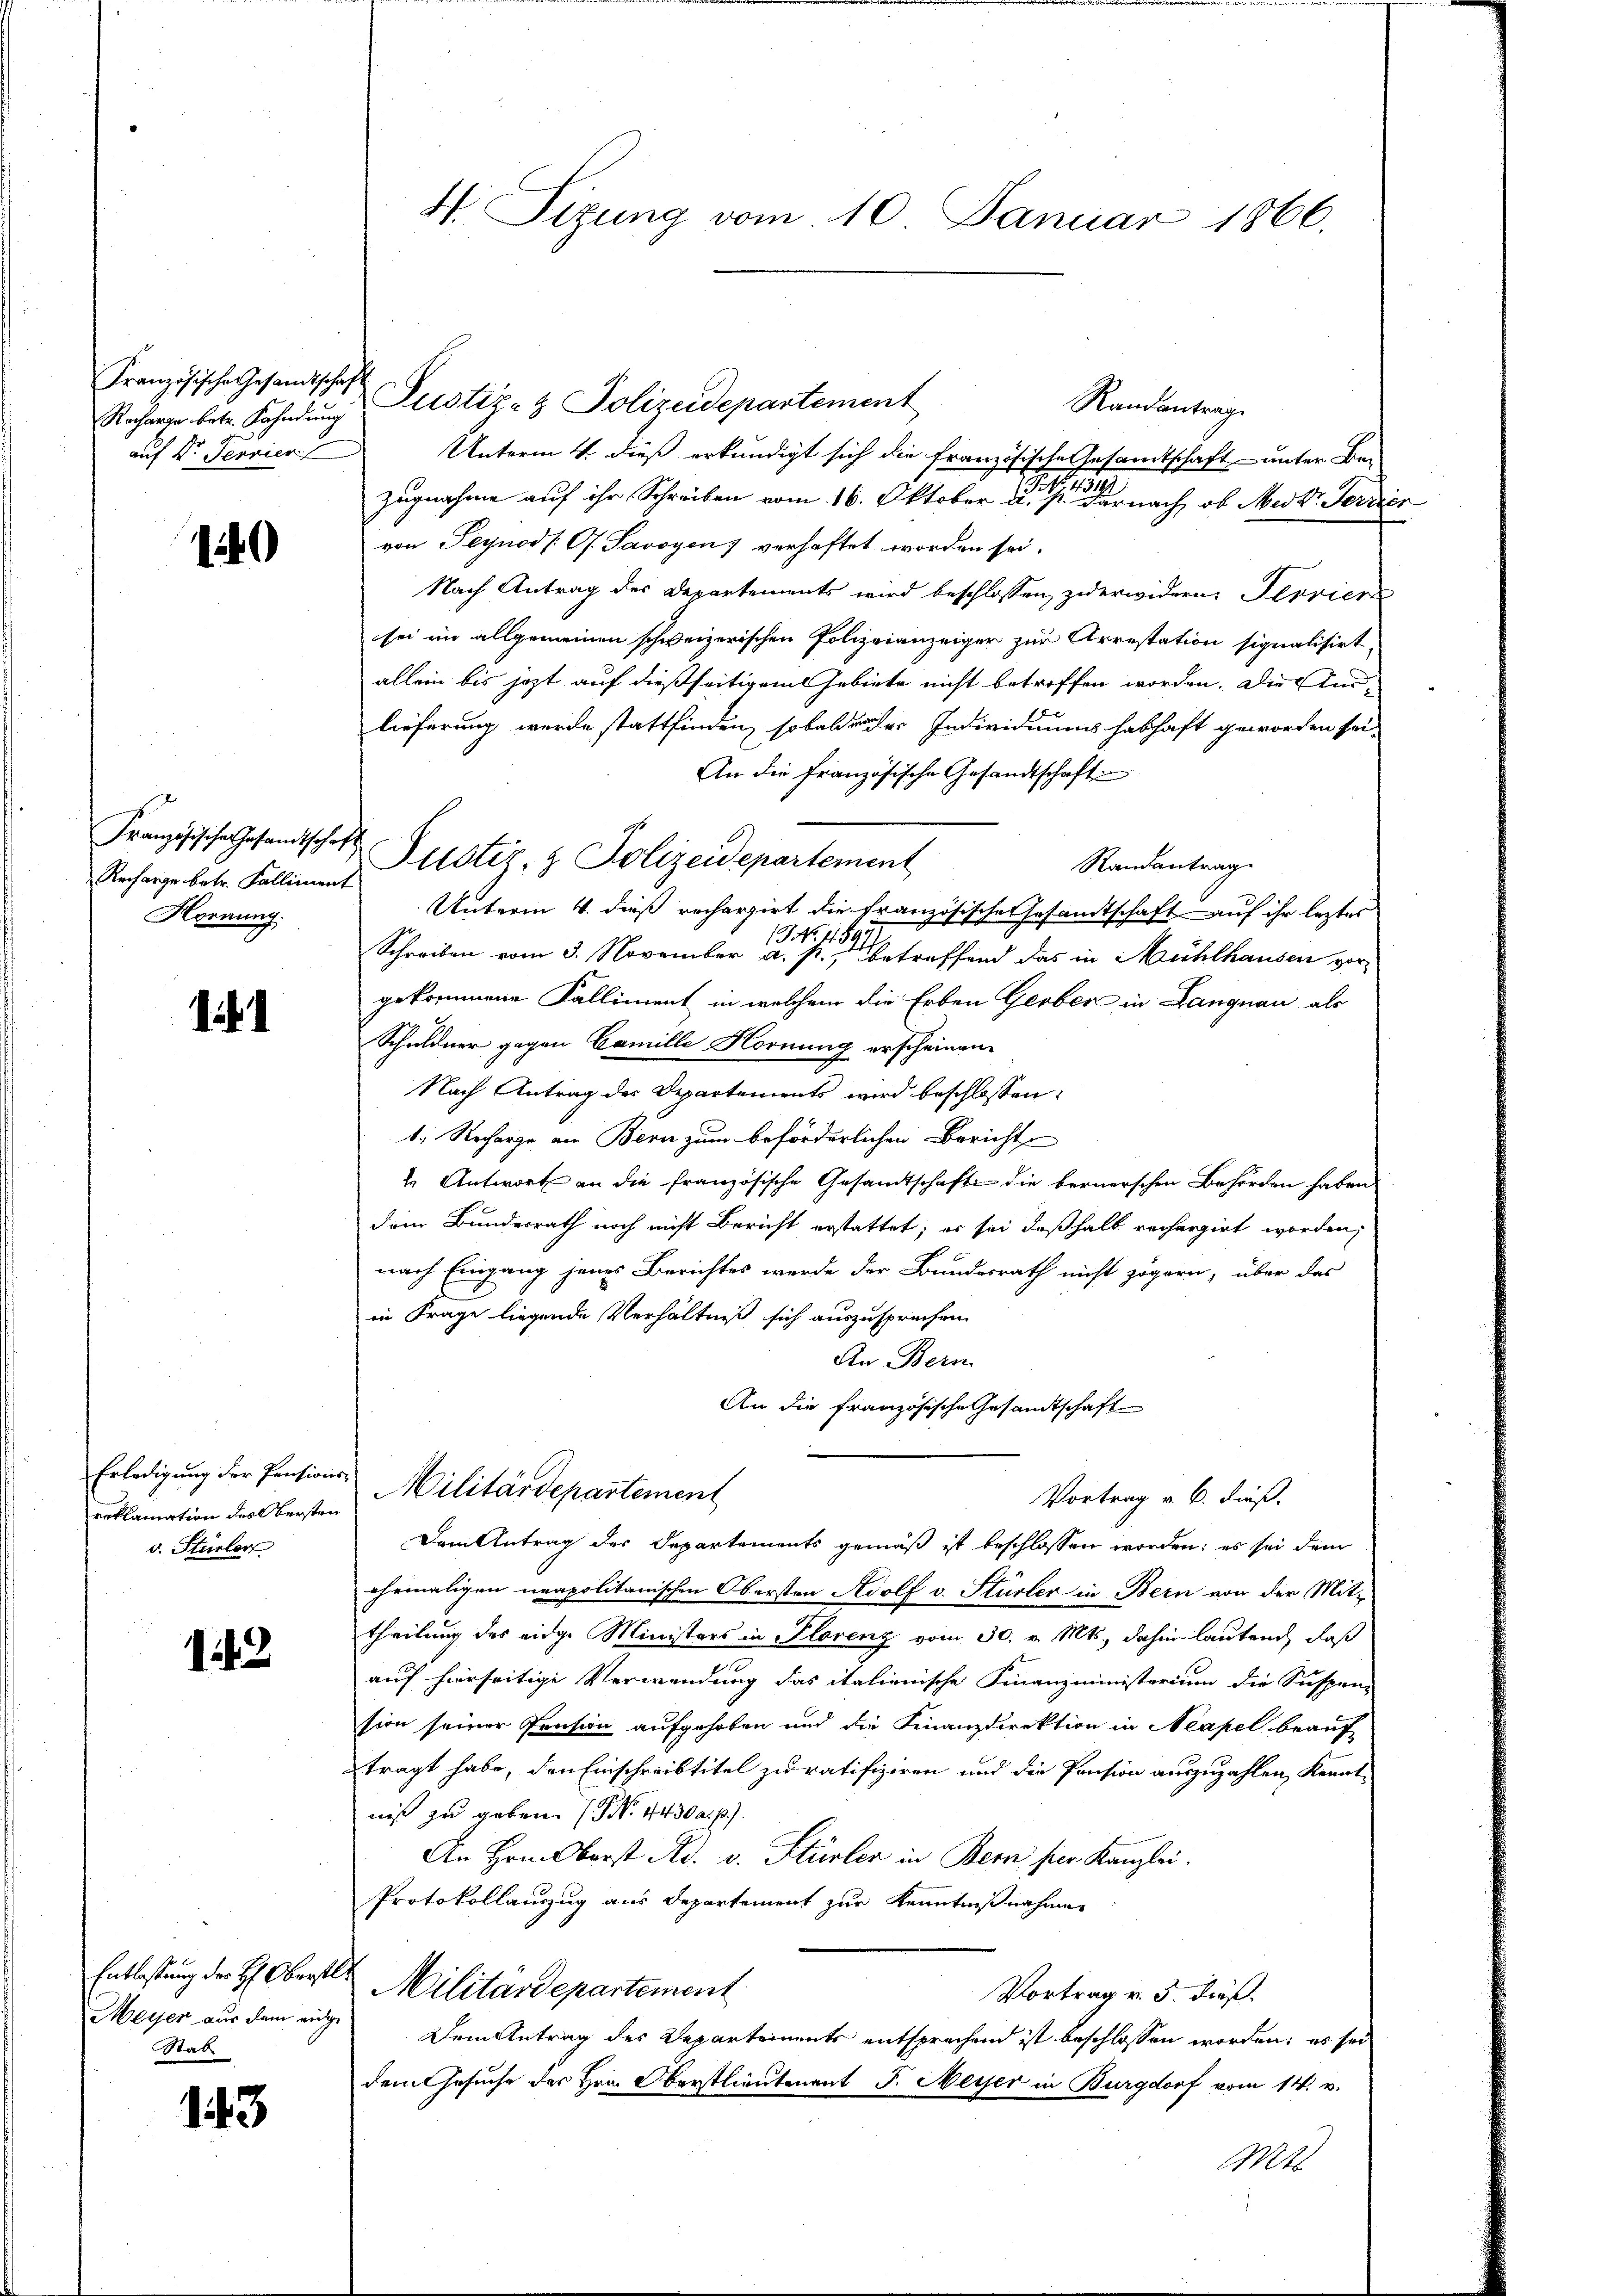
Recharge betr. Fahndung
auf Dr. Terrier

120

Französische Gesandtschaft
Recharge betr. Falliment
Hornung.

1

reklamation des Obersten
v. Stürler

14.2.

Meyer aus dem eidge
Stab

143

Französische Gesandtschaft Justiz- & Polizeidepartement
Randantrag
Unterm 4. dieß erkundigt sich die französische Gesandtschaft unter Ban
.
zugnahme auf ihr Schreiben vom 16. Oktober u. s. Darnach, ob Metr. Ferie
von Seynod [G. Savoyen verhaftet worden sei.
Nach Antrag des Departements wird beschlossen, zuerwidern. Peoriere
sei im allgemeinen schweizerischen Polizeianzeiger zur Arrestation signalisirt,
allein bis jezt auf dießseitigem Gebiete nicht betroffen worden. Die Anlieferung wurde stattfinden, sobald der Individuums habhaft geworden sei.
An die französische Gesandtschaft
Justiz- & Polizeidepartement
Randantrag
Unterm 4. dieß rechargirt die Französische Gesandtschaft auf ihr leztes
13 No. 459
Schreiben vom 3. November a. p., betreffend das in Mühlhausen vor
gekommene Falliment in welchem die Erben Gerber in Langnau, als
Schuldner gegen Camille Hornung erscheinen
Nach Antrag der Departements wird beschlossen:
1. Recharge an Bern zum beförderlichen Bericht
4. Antwort an die französische Gesandtschaft die bernerschen Behörden haben
dem Bundesrath noch nicht Bericht erstattet; er sei deßhalb rechargirt worden,
nach Eingang jenes Berichtes werde der Bundesrath nicht zögern, über das
in Frage liegende Verhältniß sich auszusprechen
An Bern.
An die französische Gesandtschaft
Erledigung der Pensions Militärdepartement
Vortrag v. 6. dieß.
Dem Antrag des Separtements gemäß ist beschlossen worden; es sei dem
ehemaligen neapolitanischen Obersten Adolf v. Stürler in Bern von der Mit-
theilung des eidge Ministers in Plorenz vom 30. v. Mts., dahin lauten, daß
auf hierseitige Verwendung das italienische Finanzministerium die Suspen-
sion seiner Pension aufgehoben und die Finanzdirektion in Neapel beauf
tragt habe, den Einschreibtitel zu ratifiziren und die Pension auszuzahlen, Kennt-
niß zu geben. (N. 4430 a. p.)
An Hrn. Oberst Ad. v. Stürler in Bern für Kanzlei.
Protokollauszug aus Departement zur Kenntnißnahmen
Entlastung der H. Oberster Militärdepartement
Vortrag v. 5. dieß.
Dem Antrag des Departements entsprechend ist beschlossen worden; es sei
den Gesuche des Hrn. Oberstlieutenant J. Meyer in Burgdorf vom 14. v.
Mts.

4. Sizung vom 10. Januar 1866.